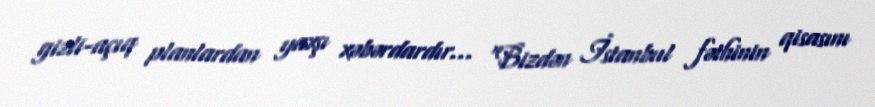
gizli-açıq planlardan yaxşı xəbərdardır... “Bizdən İstanbul fəthinin qisasını